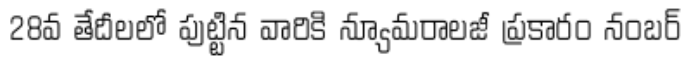
28వ తేదీలలో పుట్టిన వారికి న్యూమరాలజీ ప్రకారం నంబర్